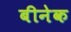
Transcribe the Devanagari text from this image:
बीनेक